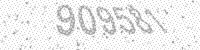
Solution: 909581